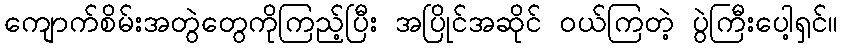
ကျောက်စိမ်းအတွဲတွေကိုကြည့်ပြီး အပြိုင်အဆိုင် ဝယ်ကြတဲ့ ပွဲကြီးပေါ့ရှင်။